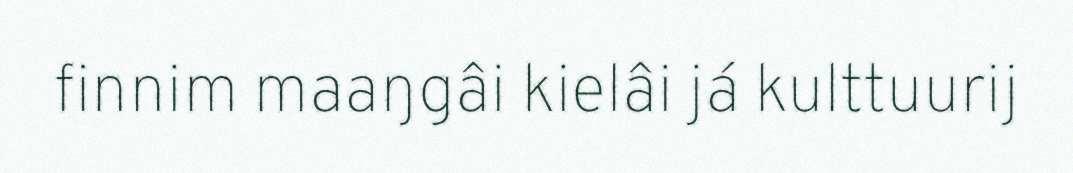
finnim maaŋgâi kielâi já kulttuurij